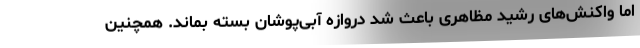
اما واکنش‌های رشید مظاهری باعث شد دروازه آبی‌پوشان بسته بماند. همچنین